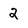
Character: 2